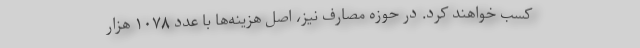
کسب خواهند کرد. در حوزه مصارف نیز، اصل هزینه‌ها با عدد ۱۰۷۸ هزار